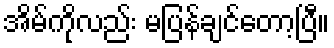
အိမ်ကိုလည်း မပြန်ချင်တော့ပြီ။